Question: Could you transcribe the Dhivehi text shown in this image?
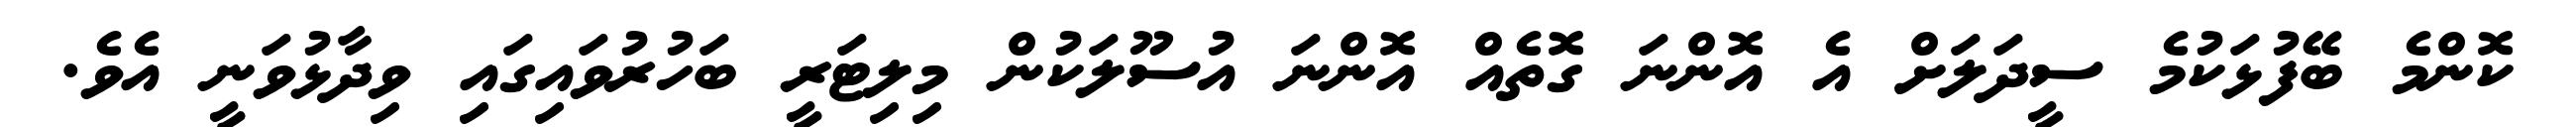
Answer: ކޮންމެ ބޭފުޅަކުމެ ސީދަލަށް އެ އޮންނަ ގޮތެއް އޮންނަ އުސޫލަކުން މިލިޓަރީ ބަހުރުވައިގައި ވިދާޅުވަނީ އެވެ.